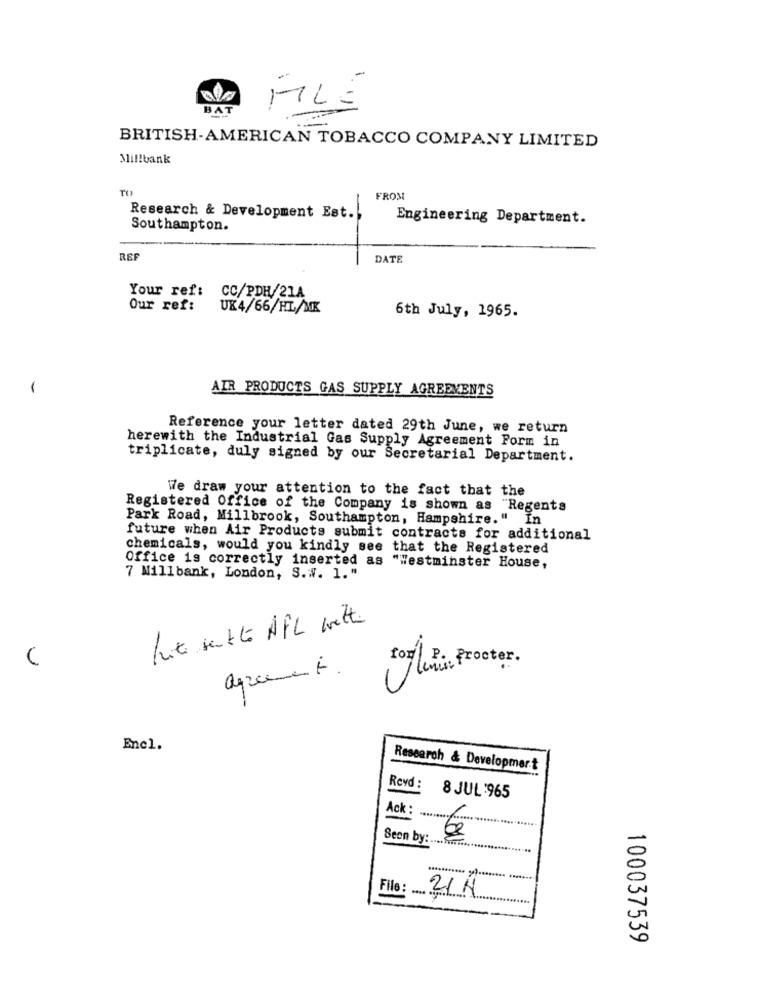
BAT
FILE
BRITISH-AMERICAN TOBACCO COMPANY LIMITED
Millbank
FROM
Research & Development Est.)
Engineering Department.
Southampton.
REF
DATE
Your ref: CC/PDH/21A
Our ref:
UK4/66/HL/MK
6th July, 1965.
AIR PRODUCTS GAS SUPPLY AGREEMENTS
Reference your letter dated 29th June, we return
herewith the Industrial Gas Supply Agreement Form in
triplicate, duly signed by our Secretarial Department.
We draw your attention to the fact that the
Registered Office of the Company is shown as "Regents
Park Road, Millbrook, Southampton, Hampshire." In
future when Air Products submit contracts for additional
chemicals, would you kindly see that the Registered
Office is correctly inserted as "Westminster House,
7 Millbank, London, S. W. 1."
Put sette AFL welt.
agreement.
For win Procter.
Enel.
Research & Development
Revd :
8 JUL:965
Ack : .................
Seen by: ..................
File:
21 H
100037539